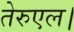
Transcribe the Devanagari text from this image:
तेरुएल।